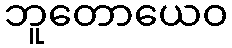
ဘူတောယေဝ